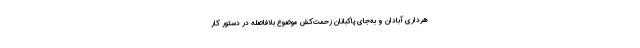
هرداری آبادان و به‌جای پاکبانان زحمت‌کش موضوع بلافاصله در دستور کار